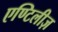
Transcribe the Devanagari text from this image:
एण्टिलीज़